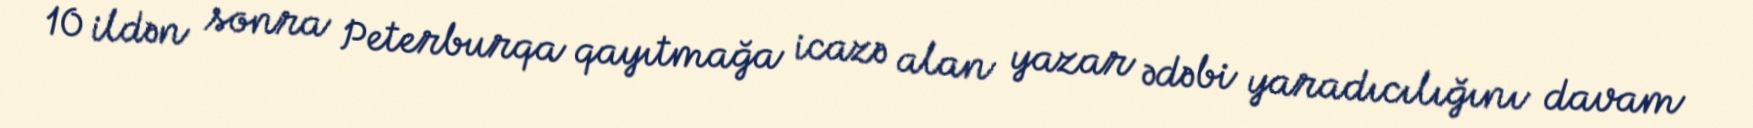
10 ildən sonra Peterburqa qayıtmağa icazə alan yazar ədəbi yaradıcılığını davam